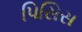
પિસિસ